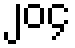
၂၀၄